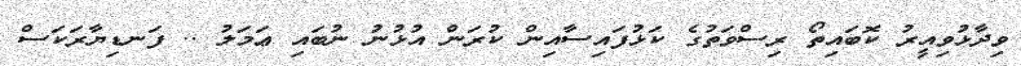
ވިދާޅުވިއީރު ކޮބައިތޯ ރިސްވަތުގެ ކަޅުފައިސާއިން ކުރަން އުޅުނު ނުބައި ޢަމަލު .. ފަނޑިޔާރަކަސް